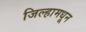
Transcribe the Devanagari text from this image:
जिल्हामधून